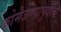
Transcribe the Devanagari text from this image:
कोमेजण्यापूर्वीच